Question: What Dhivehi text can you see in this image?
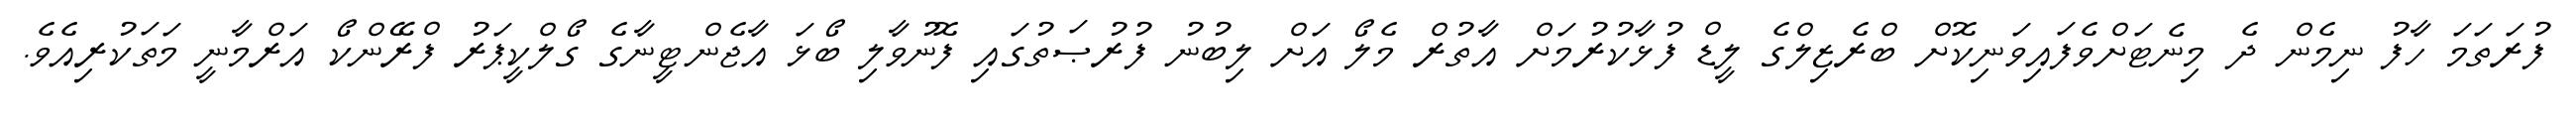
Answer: ފުރަތަމަ ހާފު ނިމެން ދެ މިނެޓަށްވެފައިވަނިކޮށް ބްރެޒިލްގެ ލީޑް ފުޅާކުރުމަށް އާތުރް މެލޯ އަށް ލިބުނު ފުރުޞަތުގައި ފޮނުވާލި ބޯޅަ އާޖެންޓީނާގެ ގޯލްކީޕަރު ފްރޭންކޯ އަރްމާނީ މަތަކުރިއެވެ.